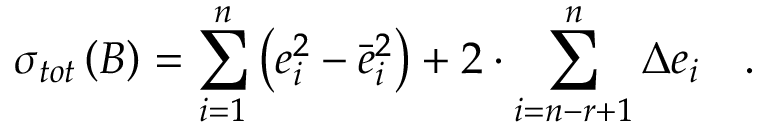
\sigma _ { t o t } \left( { \cal B } \right) = \sum _ { i = 1 } ^ { n } \left( e _ { i } ^ { 2 } - \bar { e } _ { i } ^ { 2 } \right) + 2 \cdot \sum _ { i = n - r + 1 } ^ { n } \Delta e _ { i } \quad .